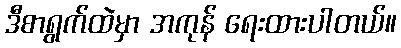
ဒီစာရွက်ထဲမှာ အကုန် ရေးထားပါတယ်။